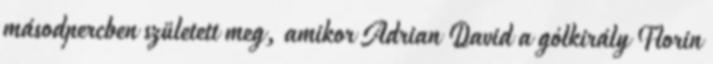
másodpercben született meg, amikor Adrian David a gólkirály Florin